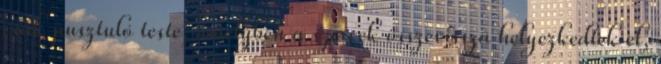
csak pusztuló teste, amelyben a szervek összevissza helyezkedtek el,